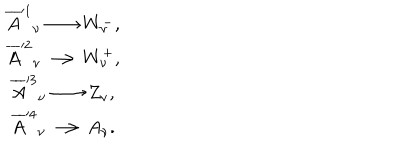
LaTeX: \begin{array} { c } { { \overline { { { A } } } ^ { \prime 1 } { } _ { \nu } \longrightarrow W _ { \nu } ^ { - } , } } \\ { { \overline { { { A } } } ^ { \prime 2 } { } _ { \nu } \longrightarrow W _ { \nu } ^ { + } , } } \\ { { \overline { { { A } } } ^ { \prime 3 } { } _ { \nu } \longrightarrow Z _ { \nu } , } } \\ { { \overline { { { A } } } ^ { \prime 4 } { } _ { \nu } \longrightarrow A _ { \nu } . } } \\ \end{array}